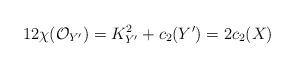
LaTeX: \begin{align*}12\chi(\mathcal{O}_{Y^{\prime}})=K_{Y^{\prime}}^2+c_2(Y^{\prime})=2c_2(X)\end{align*}